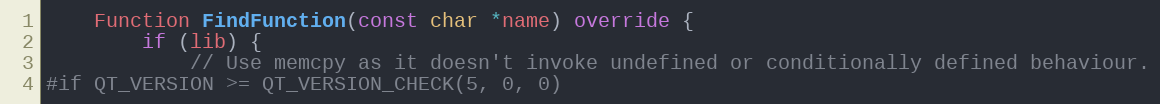
Language: C++
	Function FindFunction(const char *name) override {
		if (lib) {
			// Use memcpy as it doesn't invoke undefined or conditionally defined behaviour.
#if QT_VERSION >= QT_VERSION_CHECK(5, 0, 0)